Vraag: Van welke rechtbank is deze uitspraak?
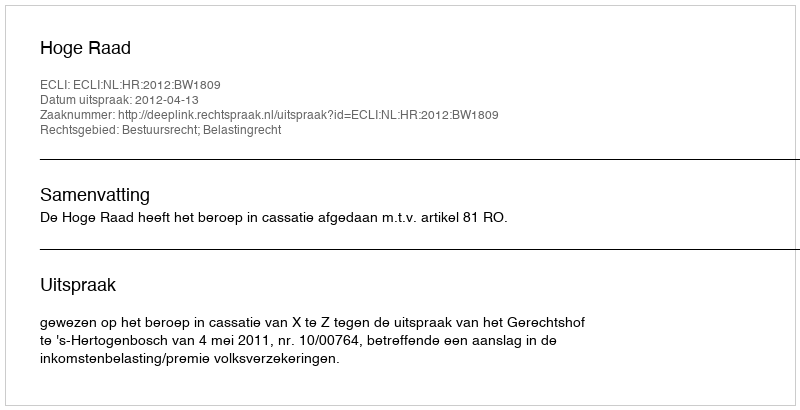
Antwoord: Hoge Raad